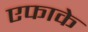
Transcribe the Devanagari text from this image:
एफाके